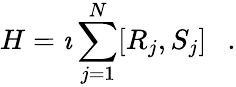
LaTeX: H=\imath\sum_{j=1}^{N}[R_{j},S_{j}]~~~.